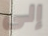
إلى